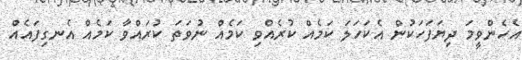
އެހެންވީމަ ދިޔަފަހަކުން އެކަހަލަ ކަމެއް ކުރެއްވި ކަމެއް ނުވަތަ ކުރައްވާ ކަމެއް އެނގިފައެއް